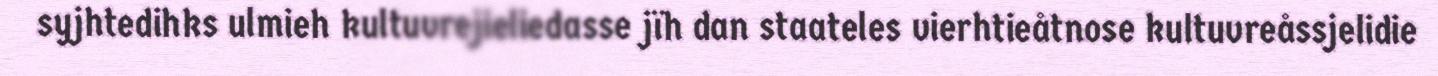
syjhtedihks ulmieh kultuvrejieliedasse jïh dan staateles vierhtieåtnose kultuvreåssjelidie